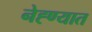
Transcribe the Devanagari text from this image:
नेह्ण्यात